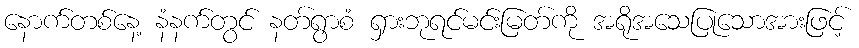
နောက်တစ်နေ့ နံနက်တွင် နတ်ရွာစံ ရှားဘုရင်မင်းမြတ်ကို အရိုအသေပြုသောအားဖြင့်